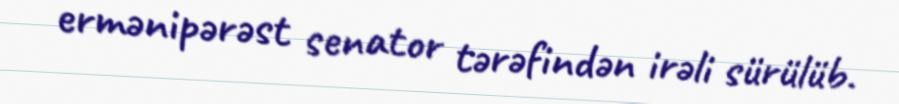
ermənipərəst senator tərəfindən irəli sürülüb.